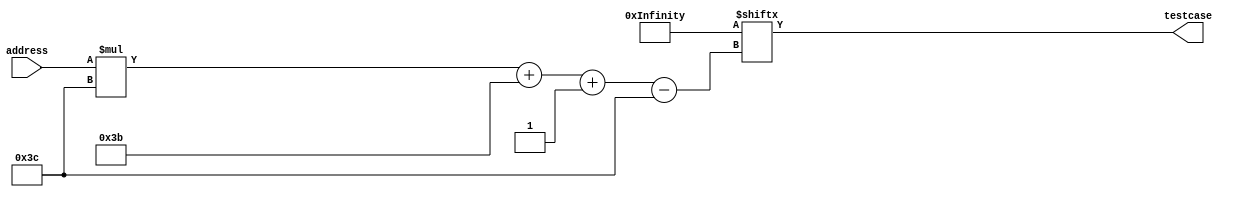
module tester_rom_11 (
    input [4:0] address,
    output reg [59:0] testcase
  );
  
  
  
  localparam TESTADD = 120'hffff8000007fff2800000010080011;
  
  localparam TESTSUB = 120'h80007fff0100012ffffffff0100004;
  
  localparam TESTMUL = 120'hffff020002fe0000000ffff0200001;
  
  localparam TESTBOOL = 240'h555511111a55550ffff555516aaaa0ffff00001effff1ffffffff18ffff1;
  
  localparam TESTSHIFT = 300'hffff001f23ffff1ffffffff2100014ffff001f2100011ffffffff2080001ffff000f2080000;
  
  localparam TESTCOMP = 180'h555555553700014555555553500004555555553300014;
  
  localparam TESTINCR = 180'h0001ffff41000047fffffff40100030000ffff4000010;
  
  localparam TESTBOOL2 = 240'h0001ffff15000105555aaaa19000030000555511aaaa1ff00555517aaff1;
  
  localparam TESTS = 1560'h0001ffff15000105555aaaa19000030000555511aaaa1ff00555517aaff10001ffff41000047fffffff40100030000ffff4000010555555553700014555555553500004555555553300014ffff001f23ffff1ffffffff2100014ffff001f2100011ffffffff2080001ffff000f2080000555511111a55550ffff555516aaaa0ffff00001effff1ffffffff18ffff1ffff020002fe0000000ffff020000180007fff0100012ffffffff0100004ffff8000007fff2800000010080011000000000000000;
  
  always @* begin
    testcase = TESTS[(address)*60+59-:60];
  end
endmodule